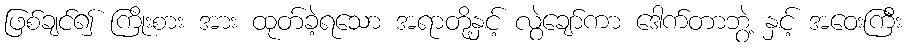
ဖြစ်ချင်၍ ကြိုးစား အား ထုတ်ခဲ့ရသော အရာတို့နှင့် လွဲချော်ကာ ဒေါက်တာဘွဲ့ နှင့် အဝေးကြီး